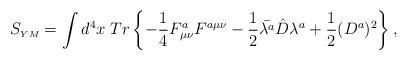
LaTeX: \begin{align*}S_{\scriptscriptstyle YM}=\int d^4 x\;Tr\left\{-\frac{1}{4}F^a_{\mu\nu}F^{a\mu\nu}-\frac{1}{2}\bar{\lambda^a}\hat{D}\lambda^a+\frac{1}{2}(D^a)^{2}\right\},\end{align*}